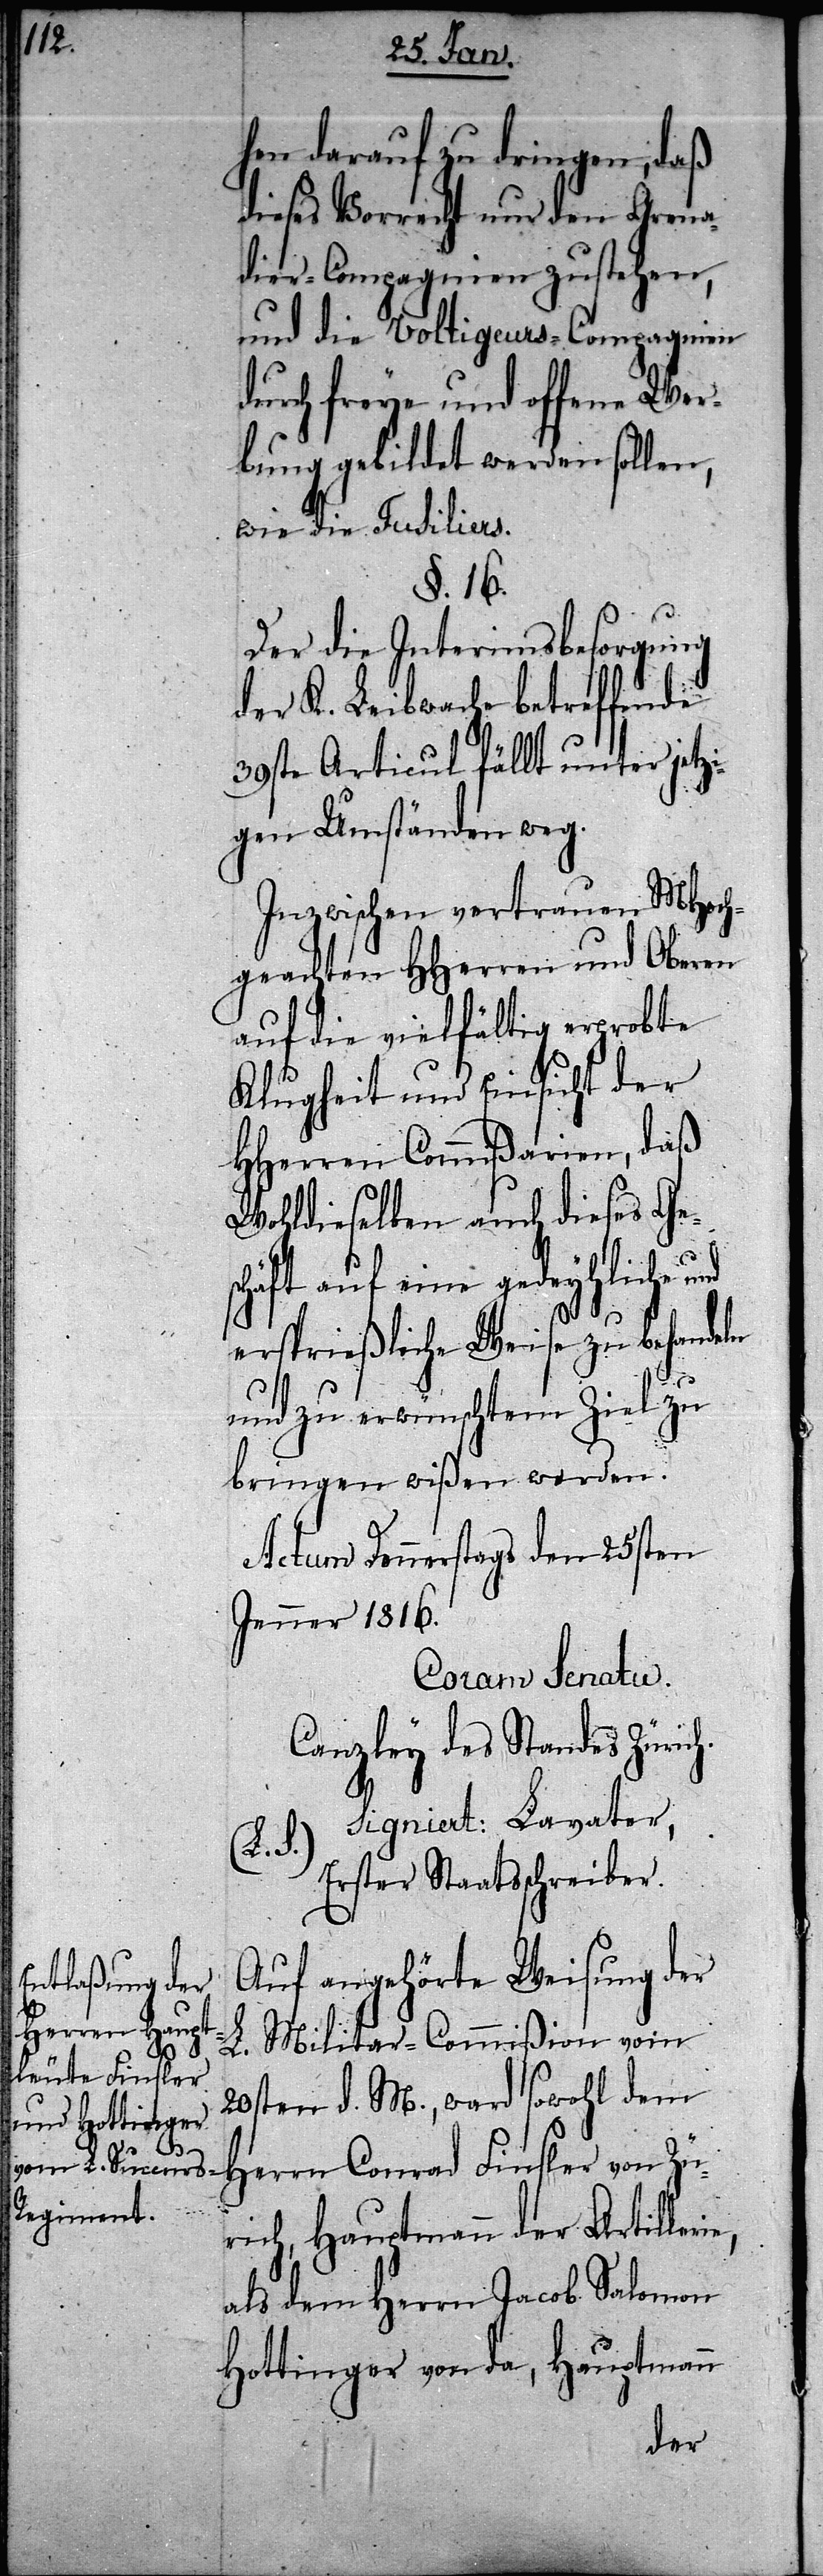
hen darauf zu dringen, daß
dieses Vorrecht nur den Grena¬
dier-Compagnien zustehen,
und die Voltigeurs-Compagnien
durch freye und offene Wer¬
bung gebildet werden sollen,
wie die Fusiliers.
§16.
Der die Interimsbesorgung
der K. Leibwache betreffende
39ste Articul fällt unter jetz¬
igen Umständen weg.
Inzwischen vertrauen MHoch¬
geachten HHerren und Oberen
auf die vielfältig erprobte
Klugheit und Einsicht der
HHerren Commißarien, daß
Wohldieselben auch dieses Ges¬
chäft auf eine gedeyhliche
ersprießliche Weise zu behande¬
und zu erwünschtem Ziel zu
bringen wißen werden.
Actum Donnerstags den 25sten
Jenner 1816.
Coram Senatu.
Canzley des Standes Zürich.
Signiert: Lavater,
rie,
Erster Staatsschreiber.
Auf angehörte Weisung der
L. Militär-Commißion vom
20sten d. M., ward sowohl dem
Herrn Conrad Finsler von Zü¬
rich, Hauptmann der Artille¬
als dem Herrn Jacob Salomon
Hottinger von da, Hauptmann